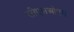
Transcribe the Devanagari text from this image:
सीएसओएम